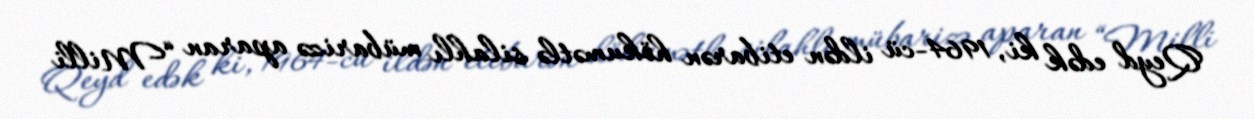
Qeyd edək ki, 1964-cü ildən etibarən hökumətlə silahlı mübarizə aparan “Milli